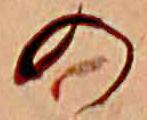
の